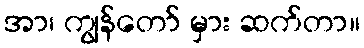
အာ၊ ကျွန်တော် မှား ဆက်တာ။